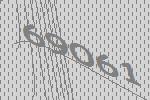
69061